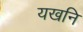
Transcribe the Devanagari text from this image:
यखनि